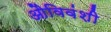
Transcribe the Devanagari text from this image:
औविवंशी